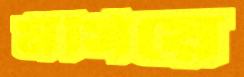
মঁসিয়ে